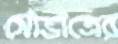
সৌভ্রাত্রের